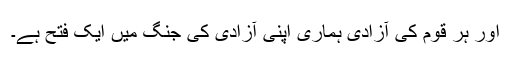
اور ہر قوم کی آزادی ہماری اپنی آزادی کی جنگ میں ایک فتح ہے۔